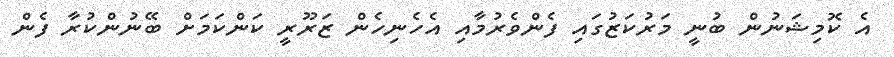
އެ ކޮމިޝަނުން ބުނީ މަރުކަޒުގައި ފެންވެރުމާއި އެހެނިހެން ޒަރޫރީ ކަންކަމަށް ބޭނުންކުރާ ފެން